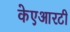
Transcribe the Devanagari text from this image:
केएआरटी